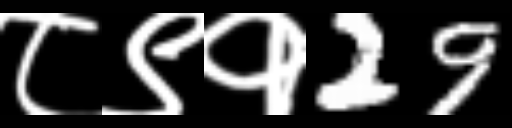
Text: ८९१29